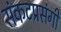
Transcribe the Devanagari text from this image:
संकटप्रसंगी